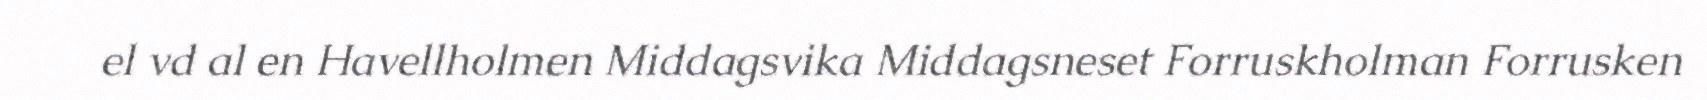
el vd al en Havellholmen Middagsvika Middagsneset Forruskholman Forrusken